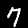
Digit: 7